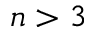
n > 3